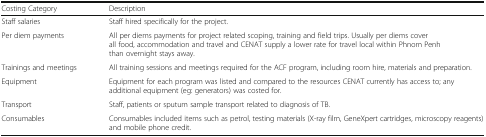
| Costing Category | Description |
 | --- | --- |
 | Staff salaries | Staff hired specifically for the project. |
 | Per diem payments | All per diems payments for project related scoping, training and field trips. Usually per diems cover all food, accommodation and travel and CENAT supply a lower rate for travel local within Phnom Penh than overnight stays away. |
 | Trainings and meetings | All training sessions and meetings required for the ACF program, including room hire, materials and preparation. |
 | Equipment | Equipment for each program was listed and compared to the resources CENAT currently has access to; any additional equipment (eg: generators) was costed for. |
 | Transport | Staff, patients or sputum sample transport related to diagnosis of TB. |
 | Consumables | Consumables included items such as petrol, testing materials (X-ray film, GeneXpert cartridges, microscopy reagents) and mobile phone credit. |